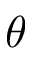
\theta